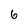
Character: 6